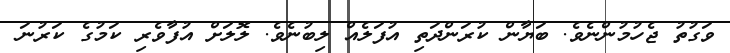
ވަގުތު ޖެހުމުންނެވެ. ބަޔާން ކުރަންދަތި އުފަލެއް ލިބުނެވެ. ލޮލަށް އުފާވެރި ކަމުގެ ކަރުނަ